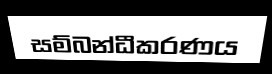
සම්බන්ධීකරණය